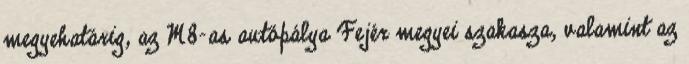
megyehatárig, az M8-as autópálya Fejér megyei szakasza, valamint az